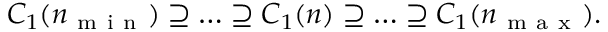
C _ { 1 } ( n _ { \mathrm { ~ m ~ i ~ n ~ } } ) \supseteq \hdots \supseteq C _ { 1 } ( n ) \supseteq \hdots \supseteq C _ { 1 } ( n _ { \mathrm { ~ m ~ a ~ x ~ } } ) .